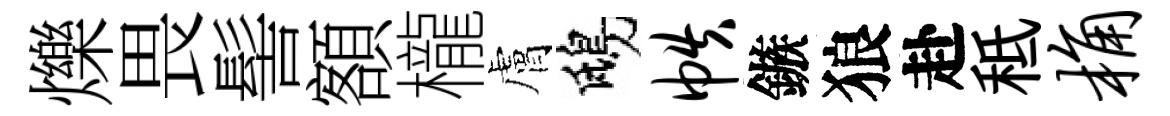
爍畏髻額櫳膚鴟帙鏃狼赴秪桷